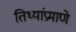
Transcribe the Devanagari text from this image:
तिथ्यांप्रमाणे